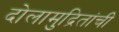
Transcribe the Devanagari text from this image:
दोलामुद्रितांची